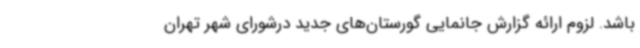
باشد. لزوم ارائه گزارش جانمایی گورستان‌های جدید درشورای شهر تهران